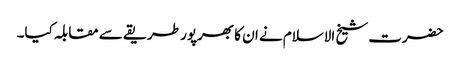
حضرت شیخ الاسلام نے ان کا بھرپور طریقے سے مقابلہ کیا۔